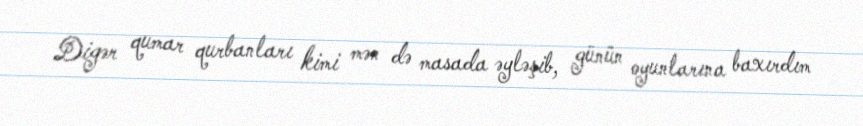
Digər qumar qurbanları kimi mən də masada əyləşib, günün oyunlarına baxırdım